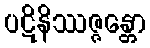
ပဋိနိဿဇ္ဇန္တော